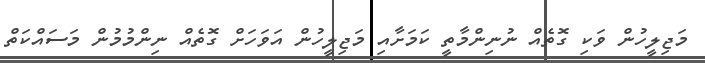
މަޖިލީހުން ވަކި ގޮތެއް ނުނިންމާތީ ކަމަށާއި މަޖިލީހުން އަވަހަށް ގޮތެއް ނިންމުމުން މަސައްކަތް